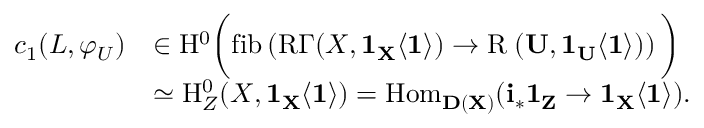
\begin{array} { r l } { c _ { 1 } ( \cal { L } , \varphi _ { U } ) } & { \in \mathrm { H } ^ { 0 } \bigg ( \mathrm { f i b } \left( \mathrm { R } \Gamma ( X , \bf { 1 } _ { X } \langle 1 \rangle ) \to \mathrm { R } \Gamma ( U , \bf { 1 } _ { U } \langle 1 \rangle ) \right) \bigg ) } \\ & { \simeq \mathrm { H } _ { Z } ^ { 0 } ( X , \bf { 1 } _ { X } \langle 1 \rangle ) = \mathrm { H o m } _ { D ( X ) } ( i _ { * } \bf { 1 } _ { Z } \to \bf { 1 } _ { X } \langle 1 \rangle ) . } \end{array}